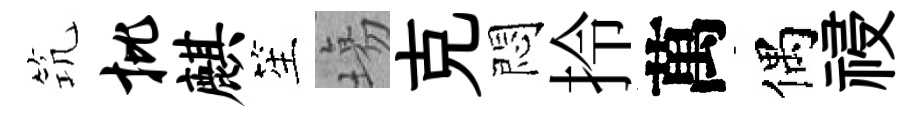
𥬑批麒笙塲克悶拎萬偶祲